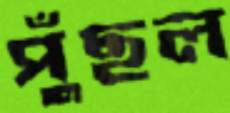
পুঁছল